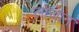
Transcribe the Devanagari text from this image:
लोजान